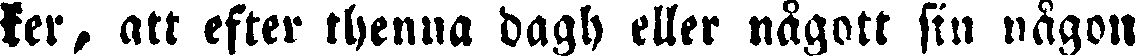
ker, att efter thenna dagh eller nägott sin någon